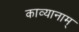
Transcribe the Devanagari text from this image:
काव्यानाम्